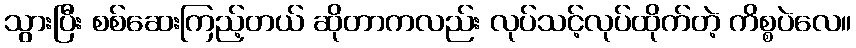
သွားပြီး စစ်ဆေးကြည့်တယ် ဆိုတာကလည်း လုပ်သင့်လုပ်ထိုက်တဲ့ ကိစ္စပဲလေ။